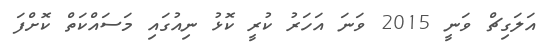
އަލަގިޗް ވަނީ 2015 ވަނަ އަހަރު ކުރީ ކޮޅު ނިއުގައި މަސައްކަތް ކޮށްފަ